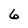
Character: 6